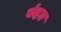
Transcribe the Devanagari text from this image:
बंदग़